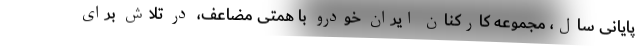
پایانی سال، مجموعه کارکنان ایران خودرو با همتی مضاعف، در تلاش برای